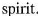
spirit.